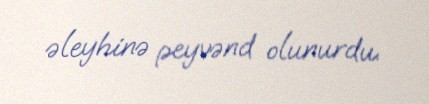
əleyhinə peyvənd olunurdu.